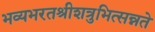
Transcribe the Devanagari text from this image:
भव्यभरतश्रीशत्रुभित्सन्नते